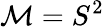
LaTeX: \mathcal M=S^{2}